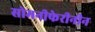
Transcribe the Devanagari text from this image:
सोमनीफेरीनीन